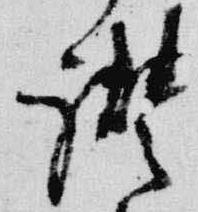
讃